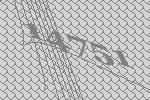
14751